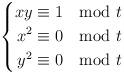
LaTeX: \begin{align*}\left\lbrace\begin{aligned} xy &\equiv 1 \mod t\\ x^2 &\equiv 0 \mod t\\ y^2 &\equiv 0 \mod t \end{aligned} \right. \end{align*}